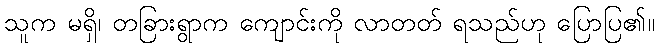
သူက မရှိ၊ တခြားရွာက ကျောင်းကို လာတတ် ရသည်ဟု ပြောပြ၏။